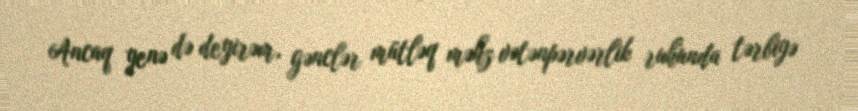
Ancaq yenə də deyirəm, gənclər mütləq məhz vətənpərvərlik ruhunda tərbiyə